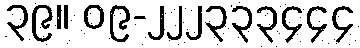
၃၉။ ၀၉-၂၂၂၃၃၃၄၄၄